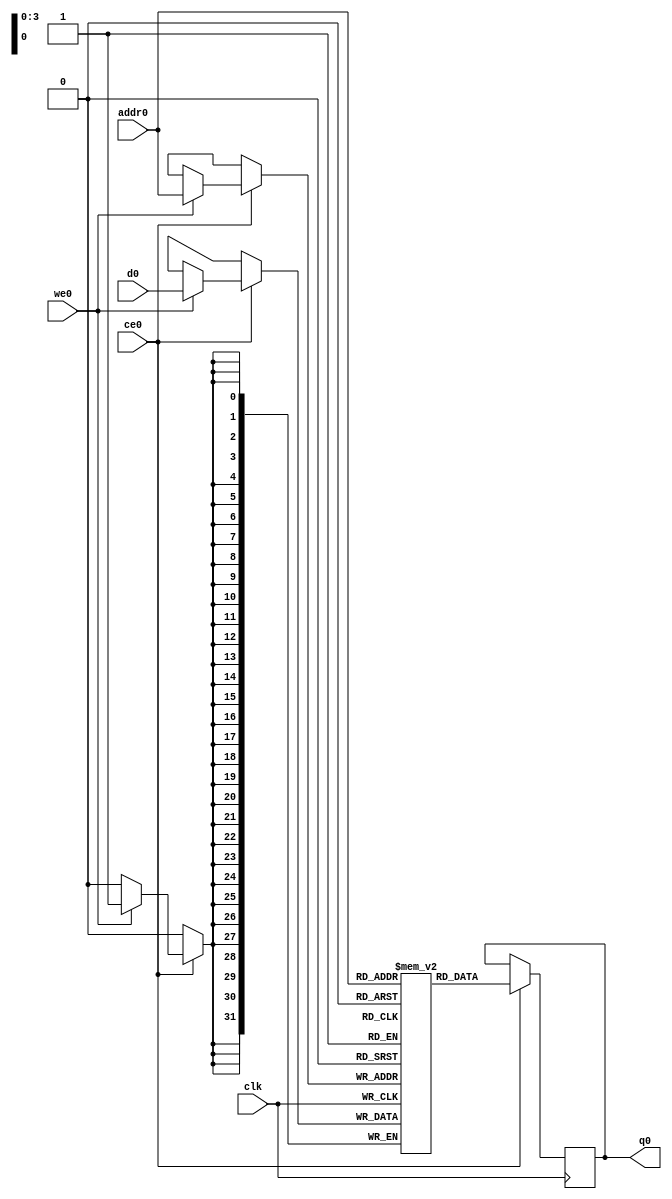
// ==============================================================
// Vivado(TM) HLS - High-Level Synthesis from C, C++ and SystemC v2019.1 (64-bit)
// Copyright 1986-2019 Xilinx, Inc. All Rights Reserved.
// ==============================================================
`timescale 1 ns / 1 ps
module Prediction_o_fc3_ram (addr0, ce0, d0, we0, q0,  clk);

parameter DWIDTH = 32;
parameter AWIDTH = 4;
parameter MEM_SIZE = 10;

input[AWIDTH-1:0] addr0;
input ce0;
input[DWIDTH-1:0] d0;
input we0;
output reg[DWIDTH-1:0] q0;
input clk;

(* ram_style = "distributed" *)reg [DWIDTH-1:0] ram[0:MEM_SIZE-1];




always @(posedge clk)  
begin 
    if (ce0) 
    begin
        if (we0) 
        begin 
            ram[addr0] <= d0; 
        end 
        q0 <= ram[addr0];
    end
end


endmodule

`timescale 1 ns / 1 ps
module Prediction_o_fc3(
    reset,
    clk,
    address0,
    ce0,
    we0,
    d0,
    q0);

parameter DataWidth = 32'd32;
parameter AddressRange = 32'd10;
parameter AddressWidth = 32'd4;
input reset;
input clk;
input[AddressWidth - 1:0] address0;
input ce0;
input we0;
input[DataWidth - 1:0] d0;
output[DataWidth - 1:0] q0;



Prediction_o_fc3_ram Prediction_o_fc3_ram_U(
    .clk( clk ),
    .addr0( address0 ),
    .ce0( ce0 ),
    .we0( we0 ),
    .d0( d0 ),
    .q0( q0 ));

endmodule